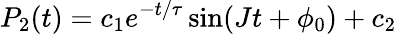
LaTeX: P_{2}(t)=c_{1}e^{-t/\tau}\sin(Jt+\phi_{0})+c_{2}